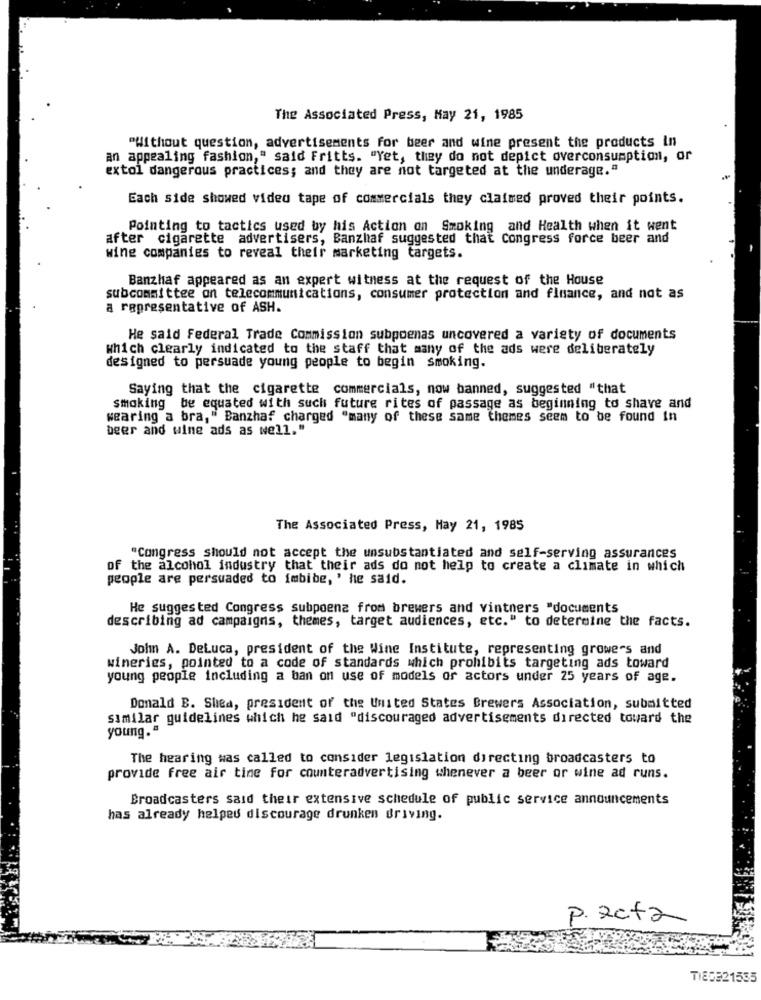
The Associated Press, May 21, 1985
"Without question, advertisements for beer and wine present the products In
an appealing fashion," said Fritts. "Yet, they do not depict overconsumption, or
extol dangerous practices; and they are not targeted at the underage."
Each side showed video tape of commercials they claimed proved their points.
Pointing to tactics used by his Action on Smoking and Health when it went
after cigarette advertisers, Banzhaf suggested that Congress force beer and
wine companies to reveal their marketing targets.
Banzhaf appeared as an expert witness at the request of the House
subcommittee on telecommunications, consumer protection and finance, and not as
a representative of ASH.
He said Federal Trade Commission subpoenas uncovered a variety of documents
Which clearly indicated to the staff that many of the ads were deliberately
designed to persuade young people to begin smoking.
Saying that the cigarette commercials, now banned, suggested "that
smoking be equated with such future rites of passage as beginning to shave and
wearing a bra," Banzhaf charged "many of these same themes seem to be found In
beer and wine ads as well."
The Associated Press, May 21, 1985
"Congress should not accept the unsubstantiated and self-serving assurances
of the alcohol industry that their ads do not help to create a climate in which
people are persuaded to imbibe, ' he said.
He suggested Congress subpoena from brewers and vintners "documents
describing ad campaigns, themes, target audiences, etc." to determine the facts.
John A. DeLuca, president of the Wine Institute, representing growers and
wineries, pointed to a code of standards which prohibits targeting ads toward
young people including a ban on use of models or actors under 25 years of age.
Donald B. Shea, president of the United States Brewers Association, submitted
Similar guidelines which he said "discouraged advertisements directed toward the
young."
The hearing was called to consider legislation directing broadcasters to
provide free air time for counteradvertising whenever a beer or wine ad runs.
Broadcasters said their extensive schedule of public service announcements
has already helped discourage drunken driving.
P. acta
TIEDE21535